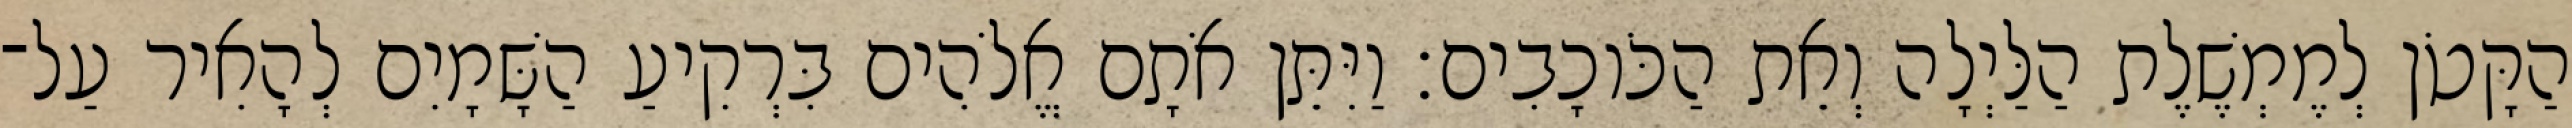
הַקָּטֹן לְמֶמְשֶׁלֶת הַלַּיְלָה וְאֵת הַכֹּוכָבִים׃ וַיִּתֵּן אֹתָם אֱלֹהִים בִּרְקִיעַ הַשָּׁמָיִם לְהָאִיר עַל־